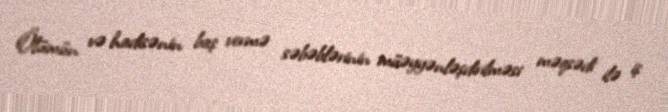
Ölümün və hadisənin baş vermə səbəblərinin müəyyənləşdirilməsi məqsədi ilə iş